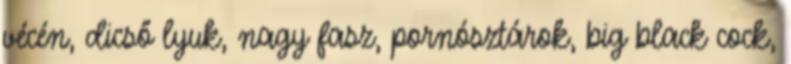
vécén, dicső lyuk, nagy fasz, pornósztárok, big black cock,